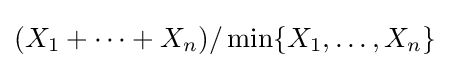
(X_{1}+\dotsb +X_{n})/\min\{X_{1},\dotsc ,X_{n}\}